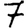
Digit: 7